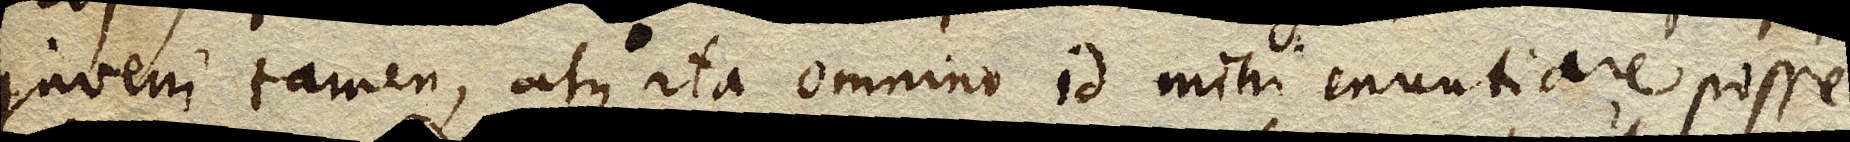
Juveni tamen, atque ita omnino id mihi enuntiare posse